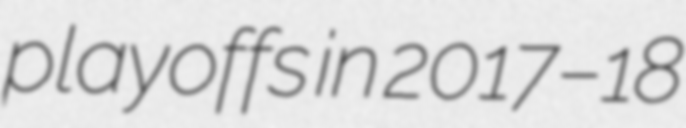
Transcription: playoffs in 2017–18